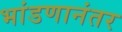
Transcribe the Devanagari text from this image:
भांडणानंतर